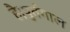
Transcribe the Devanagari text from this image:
है।पुर्तगाल